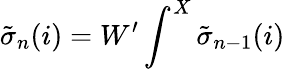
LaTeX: {\tilde{\sigma}}_{n}(i)=W^{\prime}\int^{X}{\tilde{\sigma}}_{n-1}(i)